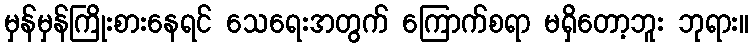
မှန်မှန်ကြိုးစားနေရင် သေရေးအတွက် ကြောက်စရာ မရှိတော့ဘူး ဘုရား။